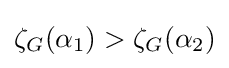
\textstyle \zeta _{G}(\alpha _{1})>\zeta _{G}(\alpha _{2})